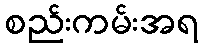
စည်းကမ်းအရ